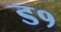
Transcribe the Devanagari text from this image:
ड१